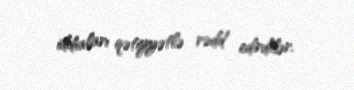
iddiaları qətiyyətlə rədd edirdilər.